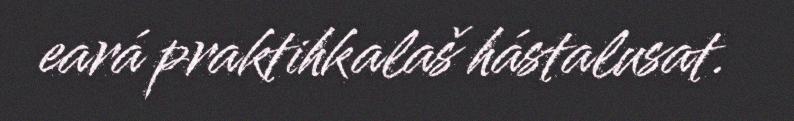
eará praktihkalaš hástalusat.